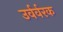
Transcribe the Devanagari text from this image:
उर्वर्वरक